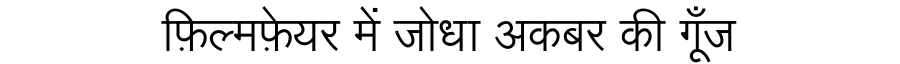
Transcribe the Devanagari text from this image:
फ़िल्मफ़ेयर में जोधा अकबर की गूँज